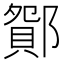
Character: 𨞆